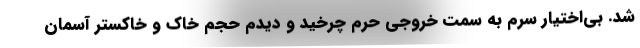
شد. بی‌اختیار سرم به سمت خروجی حرم چرخید و دیدم حجم خاک و خاکستر آسمان